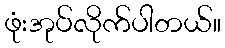
ဖုံးအုပ်လိုက်ပါတယ်။